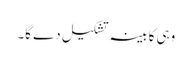
وہی کابینہ تشکیل دے گا۔